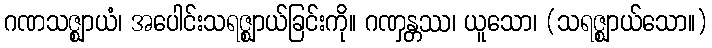
ဂဏသဇ္ဈာယံ၊ အပေါင်းသရဇ္ဈာယ်ခြင်းကို။ ဂဏှန္တဿ၊ ယူသော၊ (သရဇ္ဈာယ်သော။)